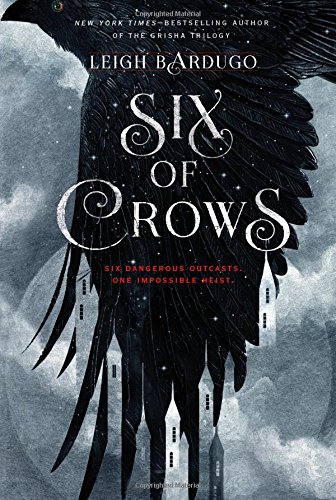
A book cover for Six of Crows; Leigh Bardugo; Teen & Young Adult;